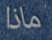
ماذا